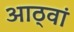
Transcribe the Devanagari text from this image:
आठ्वां